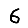
Digit: 6